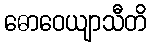
ဓောဝေယျာသီတိ